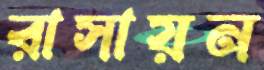
রাসায়ন